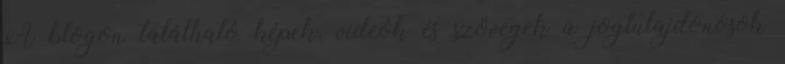
A blogon található képek, videók és szövegek a jogtulajdonosok